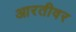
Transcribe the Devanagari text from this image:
आरतीवर